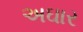
અઘાર